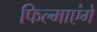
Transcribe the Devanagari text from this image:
फिल्माएंगे